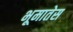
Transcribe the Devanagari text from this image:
भूमातेस